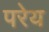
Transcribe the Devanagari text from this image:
परेय